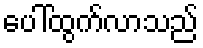
ပေါ်ထွက်လာသည်